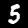
Digit: 5